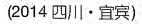
(2014 四川·宜宾)